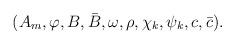
LaTeX: \begin{align*}(A_m, \varphi, B, \bar{B}, \omega, \rho, {\chi}_k, {\psi}_k, c, \bar{c}).\end{align*}